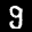
Label: 9